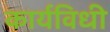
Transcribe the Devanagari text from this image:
कार्यविधी